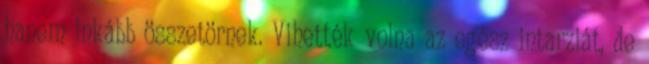
hanem inkább összetörnek. Vihették volna az egész intarziát, de